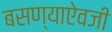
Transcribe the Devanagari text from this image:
बसण्याऐवजी